Document type: Sale
Year: 1499
Scribe: Joan Martínez de Sòria
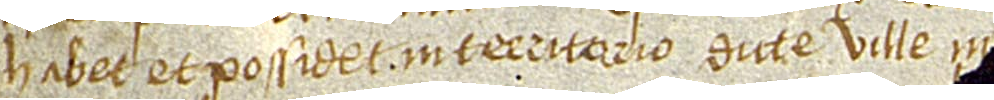
habet et possidet in territorio dicte ville, in [partita dicta les Clotes o la]